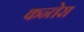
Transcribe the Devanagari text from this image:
कन्तेरा